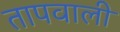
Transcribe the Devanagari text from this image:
तापवाली